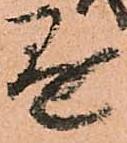
懸